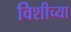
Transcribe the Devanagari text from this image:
विशीच्या